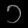
Digit: ၁